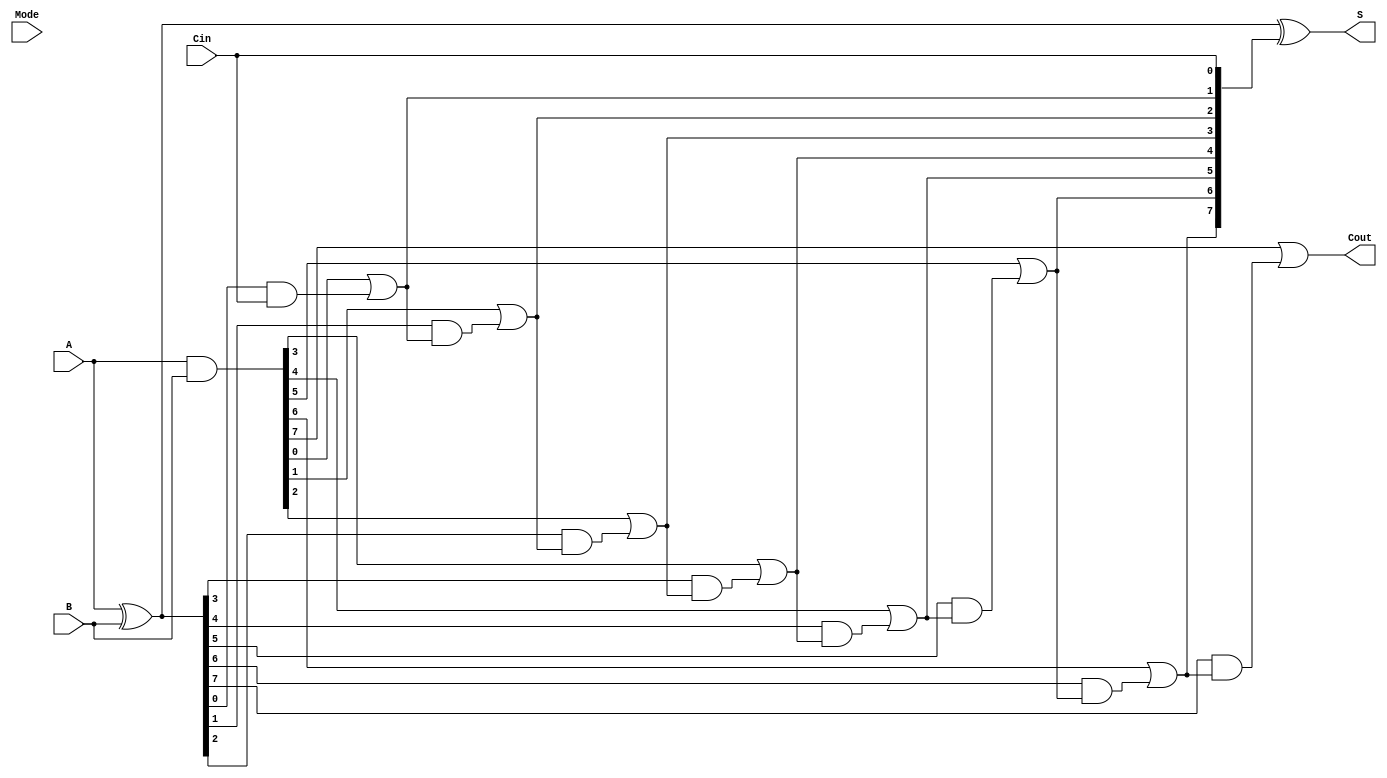
module VLCLA #(parameter N = 8) (
    input  [N-1:0] A,      // First n-bit input
    input  [N-1:0] B,      // Second n-bit input
    input         Cin,      // Carry in
    input  [1:0] Mode,      // Mode selection for variable latency
    output [N-1:0] S,       // n-bit sum output
    output        Cout       // Carry out
);

    // Generate and Propagate signals
    wire [N-1:0] G; // Generate signals
    wire [N-1:0] P; // Propagate signals
    wire [N:0] C;   // Carry signals

    // Generate and propagate calculations
    assign G = A & B;              // G[i] = A[i] AND B[i]
    assign P = A ^ B;              // P[i] = A[i] XOR B[i]

    // Carry signal calculations
    assign C[0] = Cin;             // C[0] = Cin

    genvar i;
    generate
        for (i = 1; i <= N; i = i + 1) begin : carry_logic
            assign C[i] = G[i-1] | (P[i-1] & C[i-1]); // C[i] = G[i-1] OR (P[i-1] AND C[i-1])
        end
    endgenerate

    // Sum calculation
    assign S = P ^ C[N-1:0];       // S[i] = P[i] XOR C[i]
    
    // Output carry
    assign Cout = C[N];            // Cout = C[n]

endmodule